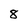
Character: 8